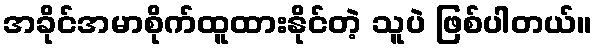
အခိုင်အမာစိုက်ထူထားနိုင်တဲ့ သူပဲ ဖြစ်ပါတယ်။